King Institute of Preventive Medicine Bacteriolog. Section reports 1907-08
Year: 1907
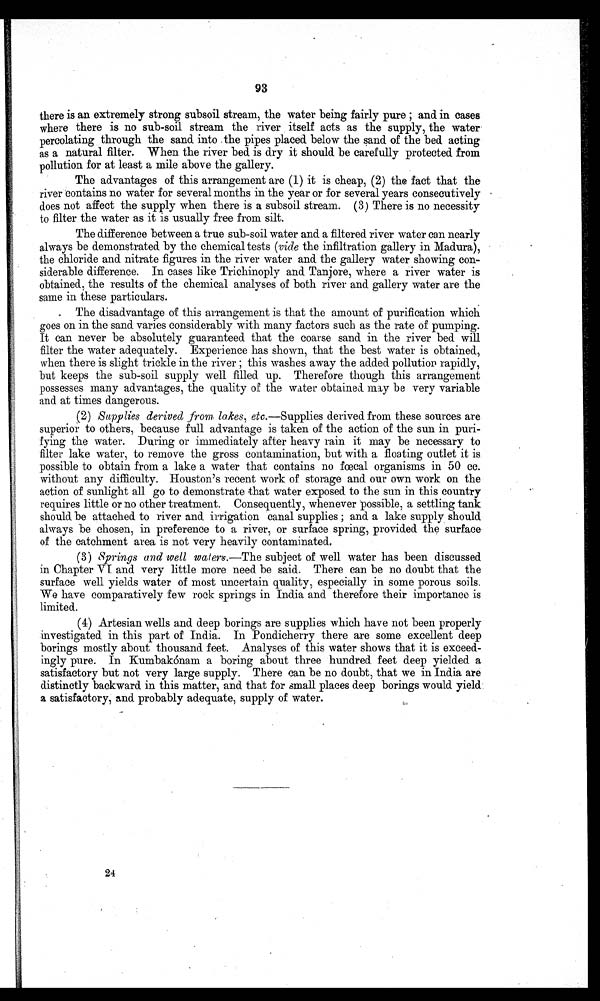
93
there is an extremely strong subsoil stream, the water being fairly pure ; and in cases
where there is no sub-soil stream the river itself acts as the supply, the water-
percolating through the sand. into . the pipes placed. below the sand of the bed acting
as a natural filter. When the river bed. is dry it should be carefully protected from
pollution for at least a mile above the gallery.
The advantages of this arrangement are (1) it is cheap, (2) the fact that the
river contains no water for several months in the year or for several years consecutively
does not affect the supply when there is a subsoil stream. (3) There is no necessity
to filter the water as it is usually free from silt.
The difference between a true sub-soil water and a filtered river water can nearly
always be demonstrated by the chemical tests (vide the infiltration gallery in Madura),
the chloride and nitrate figures in the river water ands the gallery water showing con-
siderable difference. In cases like Triehinoply and Tanjore, where a river water is
obtained, the results of the chemical analyses of both river and gallery water are the
same in these particulars.
The disadvantage of this arrangement is that the amount of purification which
goes on in the sand varies considerably with many factors such as the rate of pumping.
It can never be absolutely guaranteed that the coarse sand in the river bed will
filter the water adequately. Experience has shown, that the best water is obtained,
when there is slight trickle in the river ; this washes away the added pollution rapidly,
but keeps the sub-soil supply well filled up. Therefore though this arrangement
possesses many advantages, the quality of the water obtained may be very variable
and at times dangerous.
(2) Supplies derived from lakes, etc.—Supplies derived from these sources are
superior to others, because full advantage is taken of the action of the sun in puri-
fying the water. During or immediately after heavy rain it may be necessary to
filter lake water, to remove the gross contamination, but with a floating outlet it is
possible to obtain from a lake a water that contains no fœcal organisms in 50 cc.
without any difficulty. Houston's recent work of storage and our own work on the
action of sunlight all go to demonstrate that water exposed to the sun in this country
requires little or no other treatment. Consequently, whenever possible, a settling tank
should be attached to river and irrigation canal supplies ; and a lake supply should
always be chosen, in preference to a river, or surface spring, provided the surface
of the catchment area is not very heavily contaminated.
(3) Springs and well waters.—The subject of well water has been discussed
in Chapter VI and very little more need be said. There can be no doubt that the
surface well yields water of most uncertain quality, especially in some porous soils.
We have comparatively few rock springs in India and therefore their importance is
limited.
(4) Artesian wells and deep borings are supplies which have not been properly
investigated in this part of India. In Pondicherry there are some excellent deep
borings mostly about thousand feet. Analyses of this water shows that it is exceed-
ingly pure. In Kumbakónam a boring about three hundred feet deep yielded a
satisfactory but not very large supply. There can be no doubt, that we in India are
distinctly backward in this matter, and that for small places deep borings would yield
a satisfactory, and probably adequate, supply of water.
24